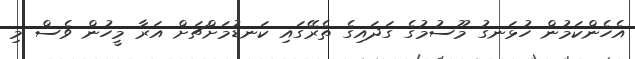
އެހެންކަމުން ހުޅަނގު މޫސުމުގެ ގަދައިގެ ތެރޭގައި ކަނޑުމަށްޗަށް އަރާ މީހުން ވެސް މި